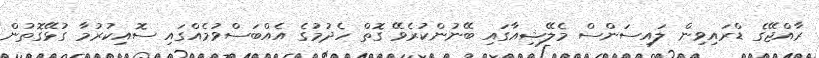
ރާއްޖޭގެ ޑްރައިވިން ލައިސަންސް މެލޭޝިއާގައި ބޭނުންކުރެވޭ ގޮތް ހެދުމުގެ އެއްބަސްވުމެއްގައި ސޮއިކުރުމާ ގުޅޭގޮތުން